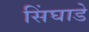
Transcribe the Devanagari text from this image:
सिंघाडे